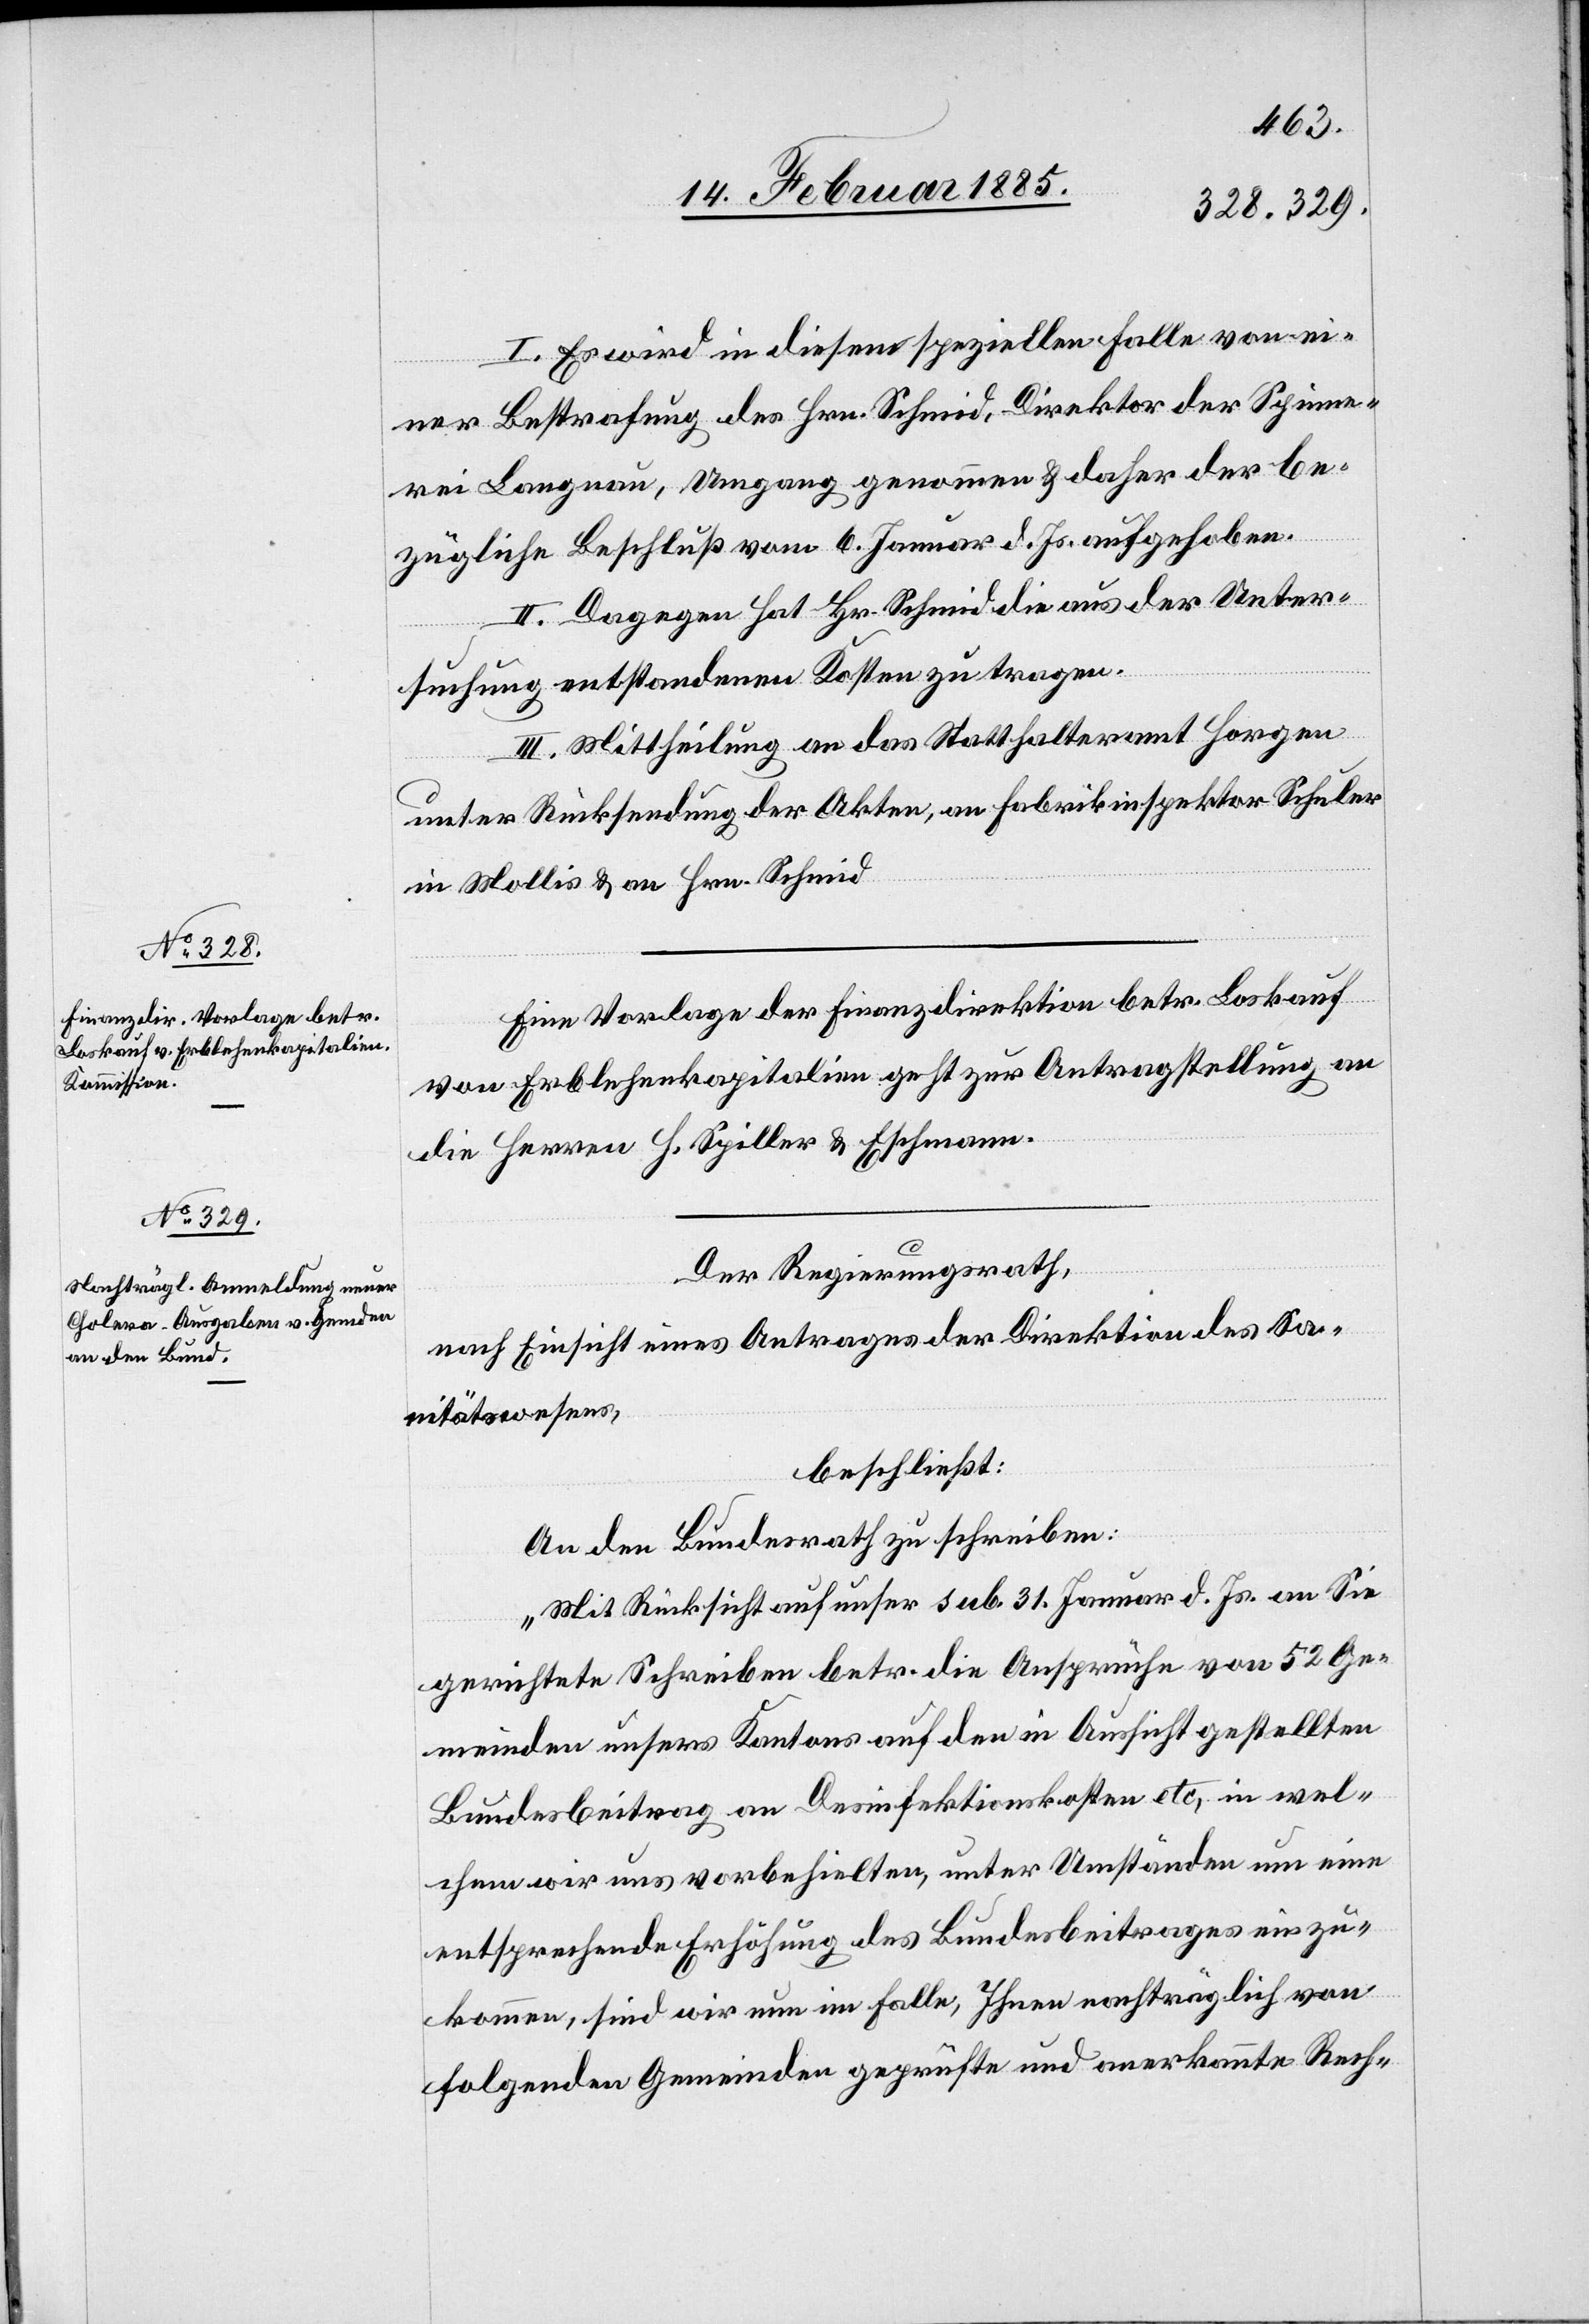
I. Es wird in diesem speziellen Falle von ei¬
ner Bestrafung der Hrn. Schmid, Direktor der Spinne¬
rei Langnau, Umgang genommen & daher der be¬
zügliche Beschluß vom 6. Januar d. Js. aufgehoben.
II. Dagegen hat Hr. Schmid die aus der Unter¬
suchung entstandenen Kosten zu tragen.
III. Mittheilung an das Statthalteramt Horgen
unter Rücksendung der Akten, an Fabrikinspektor Schuler
in Mollis & an Hrn. Schmid.
Eine Vorlage der Finanzdirektion betr. Loskauf
von Erblehenkapitalien geht zur Antragstellung an
die Herren H. Spiller & Eschmann.
Der Regierungsrath,
nach Einsicht eines Antrages der Direktion des Sa¬
nitätswesens,
beschließt:
An den Bundesrath zu schreiben:
„Mit Rücksicht auf unser sub. 31. Januar d. Js. an Sie
gerichtete Schreiben betr. die Ansprüche von 52 Ge¬
meinden unsers Kantons auf den in Aussicht gestellten
Bundesbeitrag an Desinfektionskosten etc., in wel¬
chem wir uns vorbehielten, unter Umständen um eine
entsprechende Erhöhung des Bundesbeitrages einzu¬
kommen, sind wir nun im Falle, Ihnen nachträglich von
folgenden Gemeinden geprüfte und anerkannte Rech-